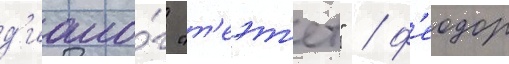
д'иало́г "т'еэт'ет" / ф'еодор